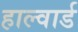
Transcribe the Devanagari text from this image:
हाल्वार्ड